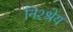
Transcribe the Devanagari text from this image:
निश्श्रेय